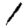
Digit: 1